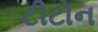
ટીટોન